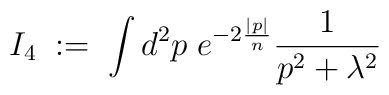
I_4 \; := \;\int d^2p \; e^{-2\frac{|p|}{n}} \frac{1}{p^2 + \lambda^2}